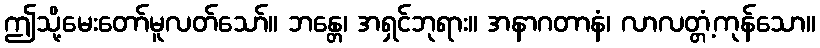
ဤသို့မေးတော်မူလတ်သော်။ ဘန္တေ၊ အရှင်ဘုရား။ အနာဂတာနံ၊ လာလတ္တံ့ကုန်သော။